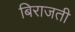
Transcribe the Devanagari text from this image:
बिराजती